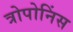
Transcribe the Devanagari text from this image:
त्रोपोनिंस